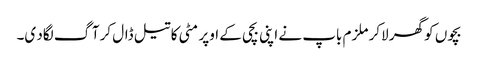
بچوں کو گھر لاکر ملزم باپ نے اپنی بچی کے اوپر مٹی کا تیل ڈال کر آگ لگاد ی۔